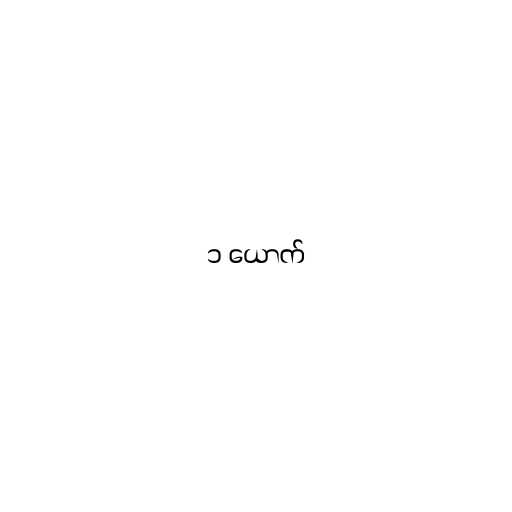
၁ ယောက်